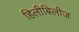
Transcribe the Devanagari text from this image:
हिलीबिलीज